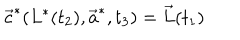
\vec { c } ^ { * } ( L ^ { * } ( t _ { 2 } ) , \vec { a } ^ { * } , t _ { 3 } ) = \vec { L } ( t _ { 1 } )